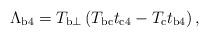
LaTeX: \begin{align*}\Lambda_{\rm{b4}}=T_{{\rm b}\perp}\left(T_{\rm{bc}}t_{\rm{c4}}-T_{\rm c}t_{\rm{b4}}\right) ,\end{align*}